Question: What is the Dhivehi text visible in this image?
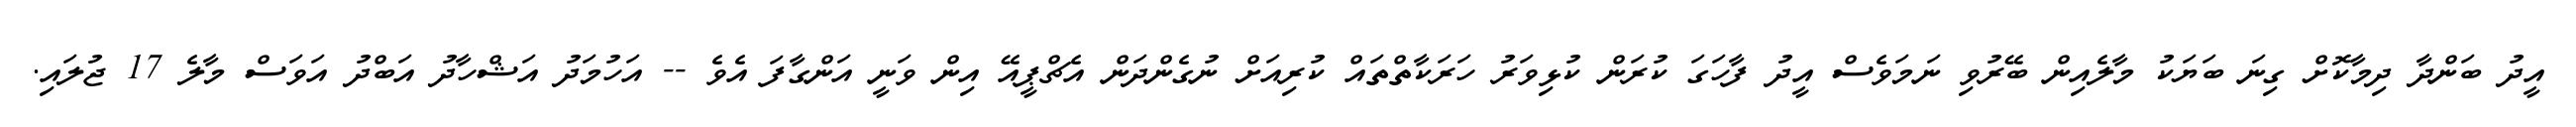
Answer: އީދު ބަންދާ ދިމާކޮށް ގިނަ ބަޔަކު މާލެއިން ބޭރުވި ނަމަވެސް އީދު ފާހަގަ ކުރަން ކުޅިވަރު ހަރަކާތްތައް ކުރިއަށް ނުގެންދަން އެޗްޕީއޭ އިން ވަނީ އަންގާފަ އެވެ -- އަހުމަދު އަޝްހާދު އަބްދު އަވަސް މާލެ 17 ޖުލައި.